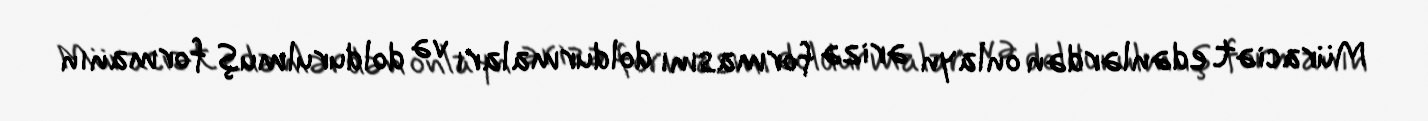
Müraciət edənlərdən onlayn ərizə formasını doldurmaları və doldurulmuş formanın